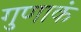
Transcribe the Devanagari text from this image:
गुणाकं